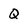
Character: Q